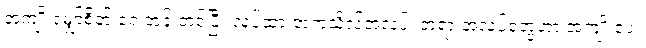
အကျိုးမျှော်စိတ် ရှေ့တန်းတင်ပြီး လုပ်ထားတဲ့ကုသိုလ်အလုပ်၊ တရားအလုပ်တွေဟာ အကျိုးပေး